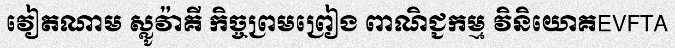
វៀតណាម ស្លូវ៉ាគី កិច្ចព្រមព្រៀង ពាណិជ្ជកម្ម វិនិយោគEVFTA